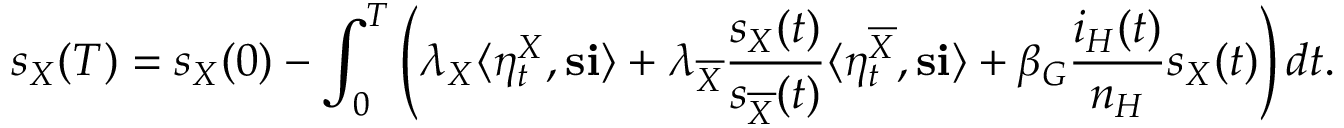
s _ { X } ( T ) = s _ { X } ( 0 ) - \int _ { 0 } ^ { T } \left( \lambda _ { X } \langle \eta _ { t } ^ { X } , \mathbf { s } \mathbf { i } \rangle + \lambda _ { \overline { { X } } } \frac { s _ { X } ( t ) } { s _ { \overline { { X } } } ( t ) } \langle \eta _ { t } ^ { \overline { { X } } } , \mathbf { s } \mathbf { i } \rangle + \beta _ { G } \frac { i _ { H } ( t ) } { n _ { H } } s _ { X } ( t ) \right) d t .